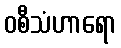
ဝစီသံဟာရော